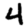
Digit: 4